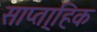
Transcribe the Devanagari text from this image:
साप्ता्हिक